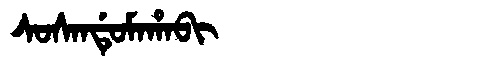
Manchu: ᠰᠣᠰᠠᠨᡩᡠᠮᠠᡥᠠᠪᡳ
Romanization: SOSANDUMAHABI